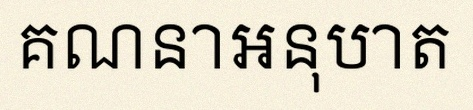
គណនាអនុបាត